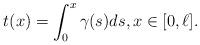
LaTeX: \begin{align*} t(x) = \int_0^x \gamma(s) ds, x \in [0,\ell].\end{align*}